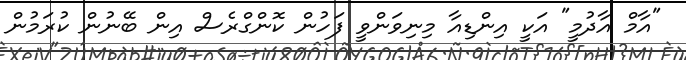
"އާމް އާދުމީ" އަކީ އިންޑިއާ މިނިވަންވީ ފަހުން ކޮންގްރެސް އިން ބޭނުން ކުރަމުން